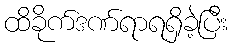
ထိခိုက်ဒဏ်ရာရရှိခဲ့ပြီး